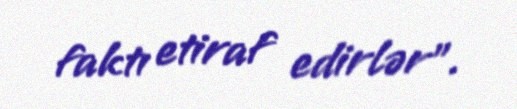
faktı etiraf edirlər”.